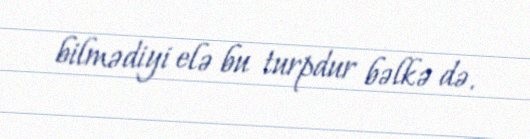
bilmədiyi elə bu turpdur bəlkə də.